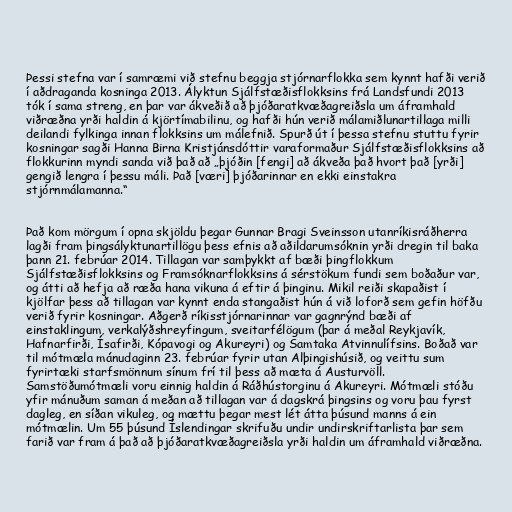
Þessi stefna var í samræmi við stefnu beggja stjórnarflokka sem kynnt hafði verið
í aðdraganda kosninga 2013. Ályktun Sjálfstæðisflokksins frá Landsfundi 2013
tók í sama streng, en þar var ákveðið að þjóðaratkvæðagreiðsla um áframhald
viðræðna yrði haldin á kjörtímabilinu, og hafði hún verið málamiðlunartillaga milli
deilandi fylkinga innan flokksins um málefnið. Spurð út í þessa stefnu stuttu fyrir
kosningar sagði Hanna Birna Kristjánsdóttir varaformaður Sjálfstæðisflokksins að
flokkurinn myndi sanda við það að „þjóðin [fengi] að ákveða það hvort það [yrði]
gengið lengra í þessu máli. Það [væri] þjóðarinnar en ekki einstakra
stjórnmálamanna.“

Það kom mörgum í opna skjöldu þegar Gunnar Bragi Sveinsson utanríkisráðherra
lagði fram þingsályktunartillögu þess efnis að aðildarumsóknin yrði dregin til baka
þann 21. febrúar 2014. Tillagan var samþykkt af bæði þingflokkum
Sjálfstæðisflokksins og Framsóknarflokksins á sérstökum fundi sem boðaður var,
og átti að hefja að ræða hana vikuna á eftir á þinginu. Mikil reiði skapaðist í
kjölfar þess að tillagan var kynnt enda stangaðist hún á við loforð sem gefin höfðu
verið fyrir kosningar. Aðgerð ríkisstjórnarinnar var gagnrýnd bæði af
einstaklingum, verkalýðshreyfingum, sveitarfélögum (þar á meðal Reykjavík,
Hafnarfirði, Ísafirði, Kópavogi og Akureyri) og Samtaka Atvinnulífsins. Boðað var
til mótmæla mánudaginn 23. febrúar fyrir utan Alþingishúsið, og veittu sum
fyrirtæki starfsmönnum sínum frí til þess að mæta á Austurvöll.
Samstöðumótmæli voru einnig haldin á Ráðhústorginu á Akureyri. Mótmæli stóðu
yfir mánuðum saman á meðan að tillagan var á dagskrá þingsins og voru þau fyrst
dagleg, en síðan vikuleg, og mættu þegar mest lét átta þúsund manns á ein
mótmælin. Um 55 þúsund Íslendingar skrifuðu undir undirskriftarlista þar sem
farið var fram á það að þjóðaratkvæðagreiðsla yrði haldin um áframhald viðræðna.